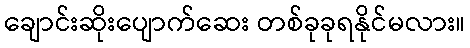
ချောင်းဆိုးပျောက်ဆေး တစ်ခုခုရနိုင်မလား။